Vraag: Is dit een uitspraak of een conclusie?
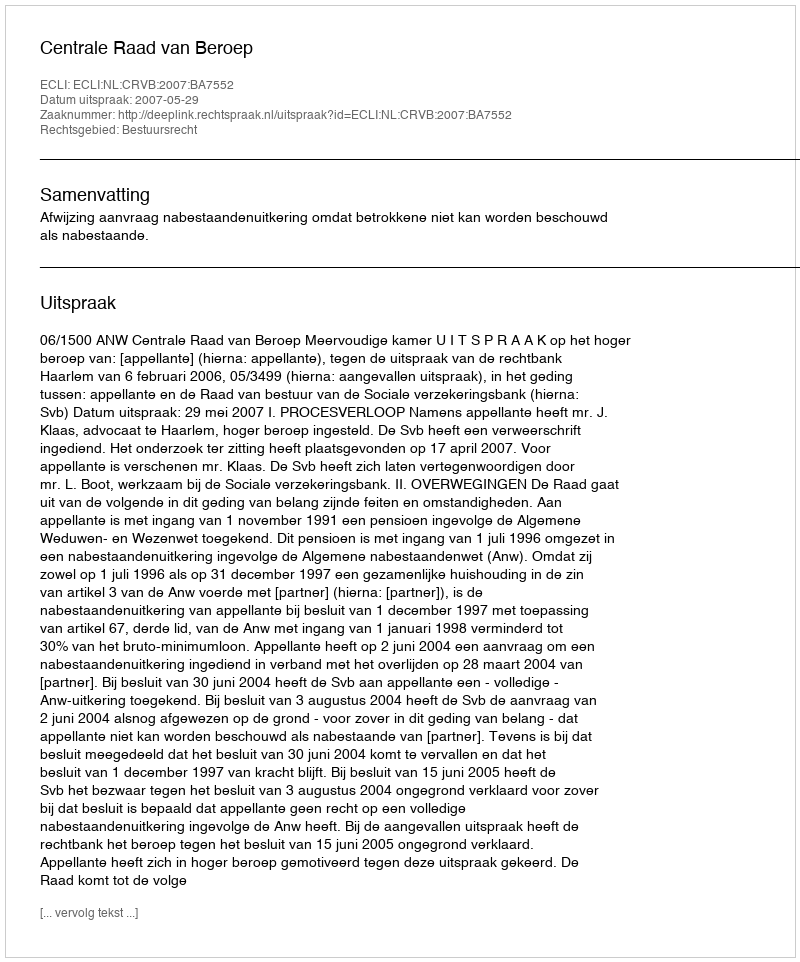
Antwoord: Uitspraak